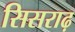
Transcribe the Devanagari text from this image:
सिसराढ़